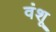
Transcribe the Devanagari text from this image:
वंशू